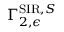
\Gamma _ { 2 , \epsilon } ^ { \mathrm { S I R } , S }